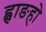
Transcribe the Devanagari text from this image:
ह्वाङहो